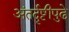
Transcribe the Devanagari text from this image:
अंतर्दृष्टीपुढे